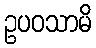
ဥပဝသာမိ